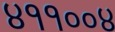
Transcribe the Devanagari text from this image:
४११००४